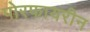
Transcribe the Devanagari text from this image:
पोरफायरीन